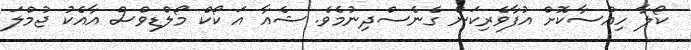
ކޯލާ ހިއްސާކޮށް އުފާވެރިކަން ގެނެސްދިނުމެވެ. ޝެއާ އަ ކޯކް މޯލްޑިވްސް އާއެކު ޖުމްލަ